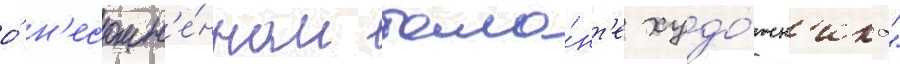
о́ н'есомн'е́нном тала́нт'е худо́жн'ика"